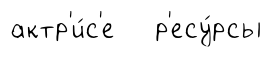
актр'и́с'е р'есу́рсы